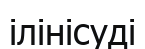
ілінісуді